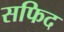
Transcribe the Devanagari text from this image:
सफिद